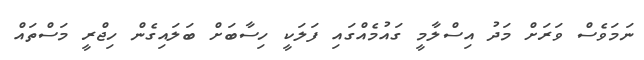
ނަމަވެސް ވަރަށް މަދު އިސްލާމީ ގައުމެއްގައި ފަލަކީ ހިސާބަށް ބަލައިގެން ހިޖްރީ މަސްތައް